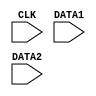
module test(CLK, DATA1, DATA2);
  input CLK, DATA1, DATA2;

  specify
    $setuphold (posedge CLK, DATA1, -10, 20);
    $setuphold (posedge CLK, DATA2, -15, 18);
  endspecify
endmodule